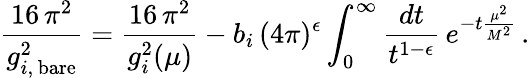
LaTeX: \frac{16\, \pi^{2}}{g_{i,\, \mathrm{bare}}^{2}}=\frac{16\, \pi^{2}}{g_{i}^{2}(\mu)}-b_{i}\, (4\pi)^{\epsilon}\int_{0}^{\infty}\frac{dt}{t^{1-\epsilon}}\, e^{-t\frac{\mu^{2}}{M^{2}}}\, .